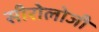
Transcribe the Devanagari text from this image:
सीरोलोजी